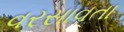
વરસાવતા